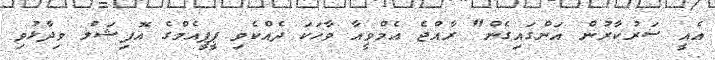
އެއީ ސަރުކާރުން އަންގައިގެން" ރާއްޖެ އެމްވީއާ ވާހަކަ ދެއްކެވި ޕީޕީއެމްގެ އޮފިޝަލް ވިދާޅުވި